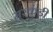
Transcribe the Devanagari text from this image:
मुरकुंडी